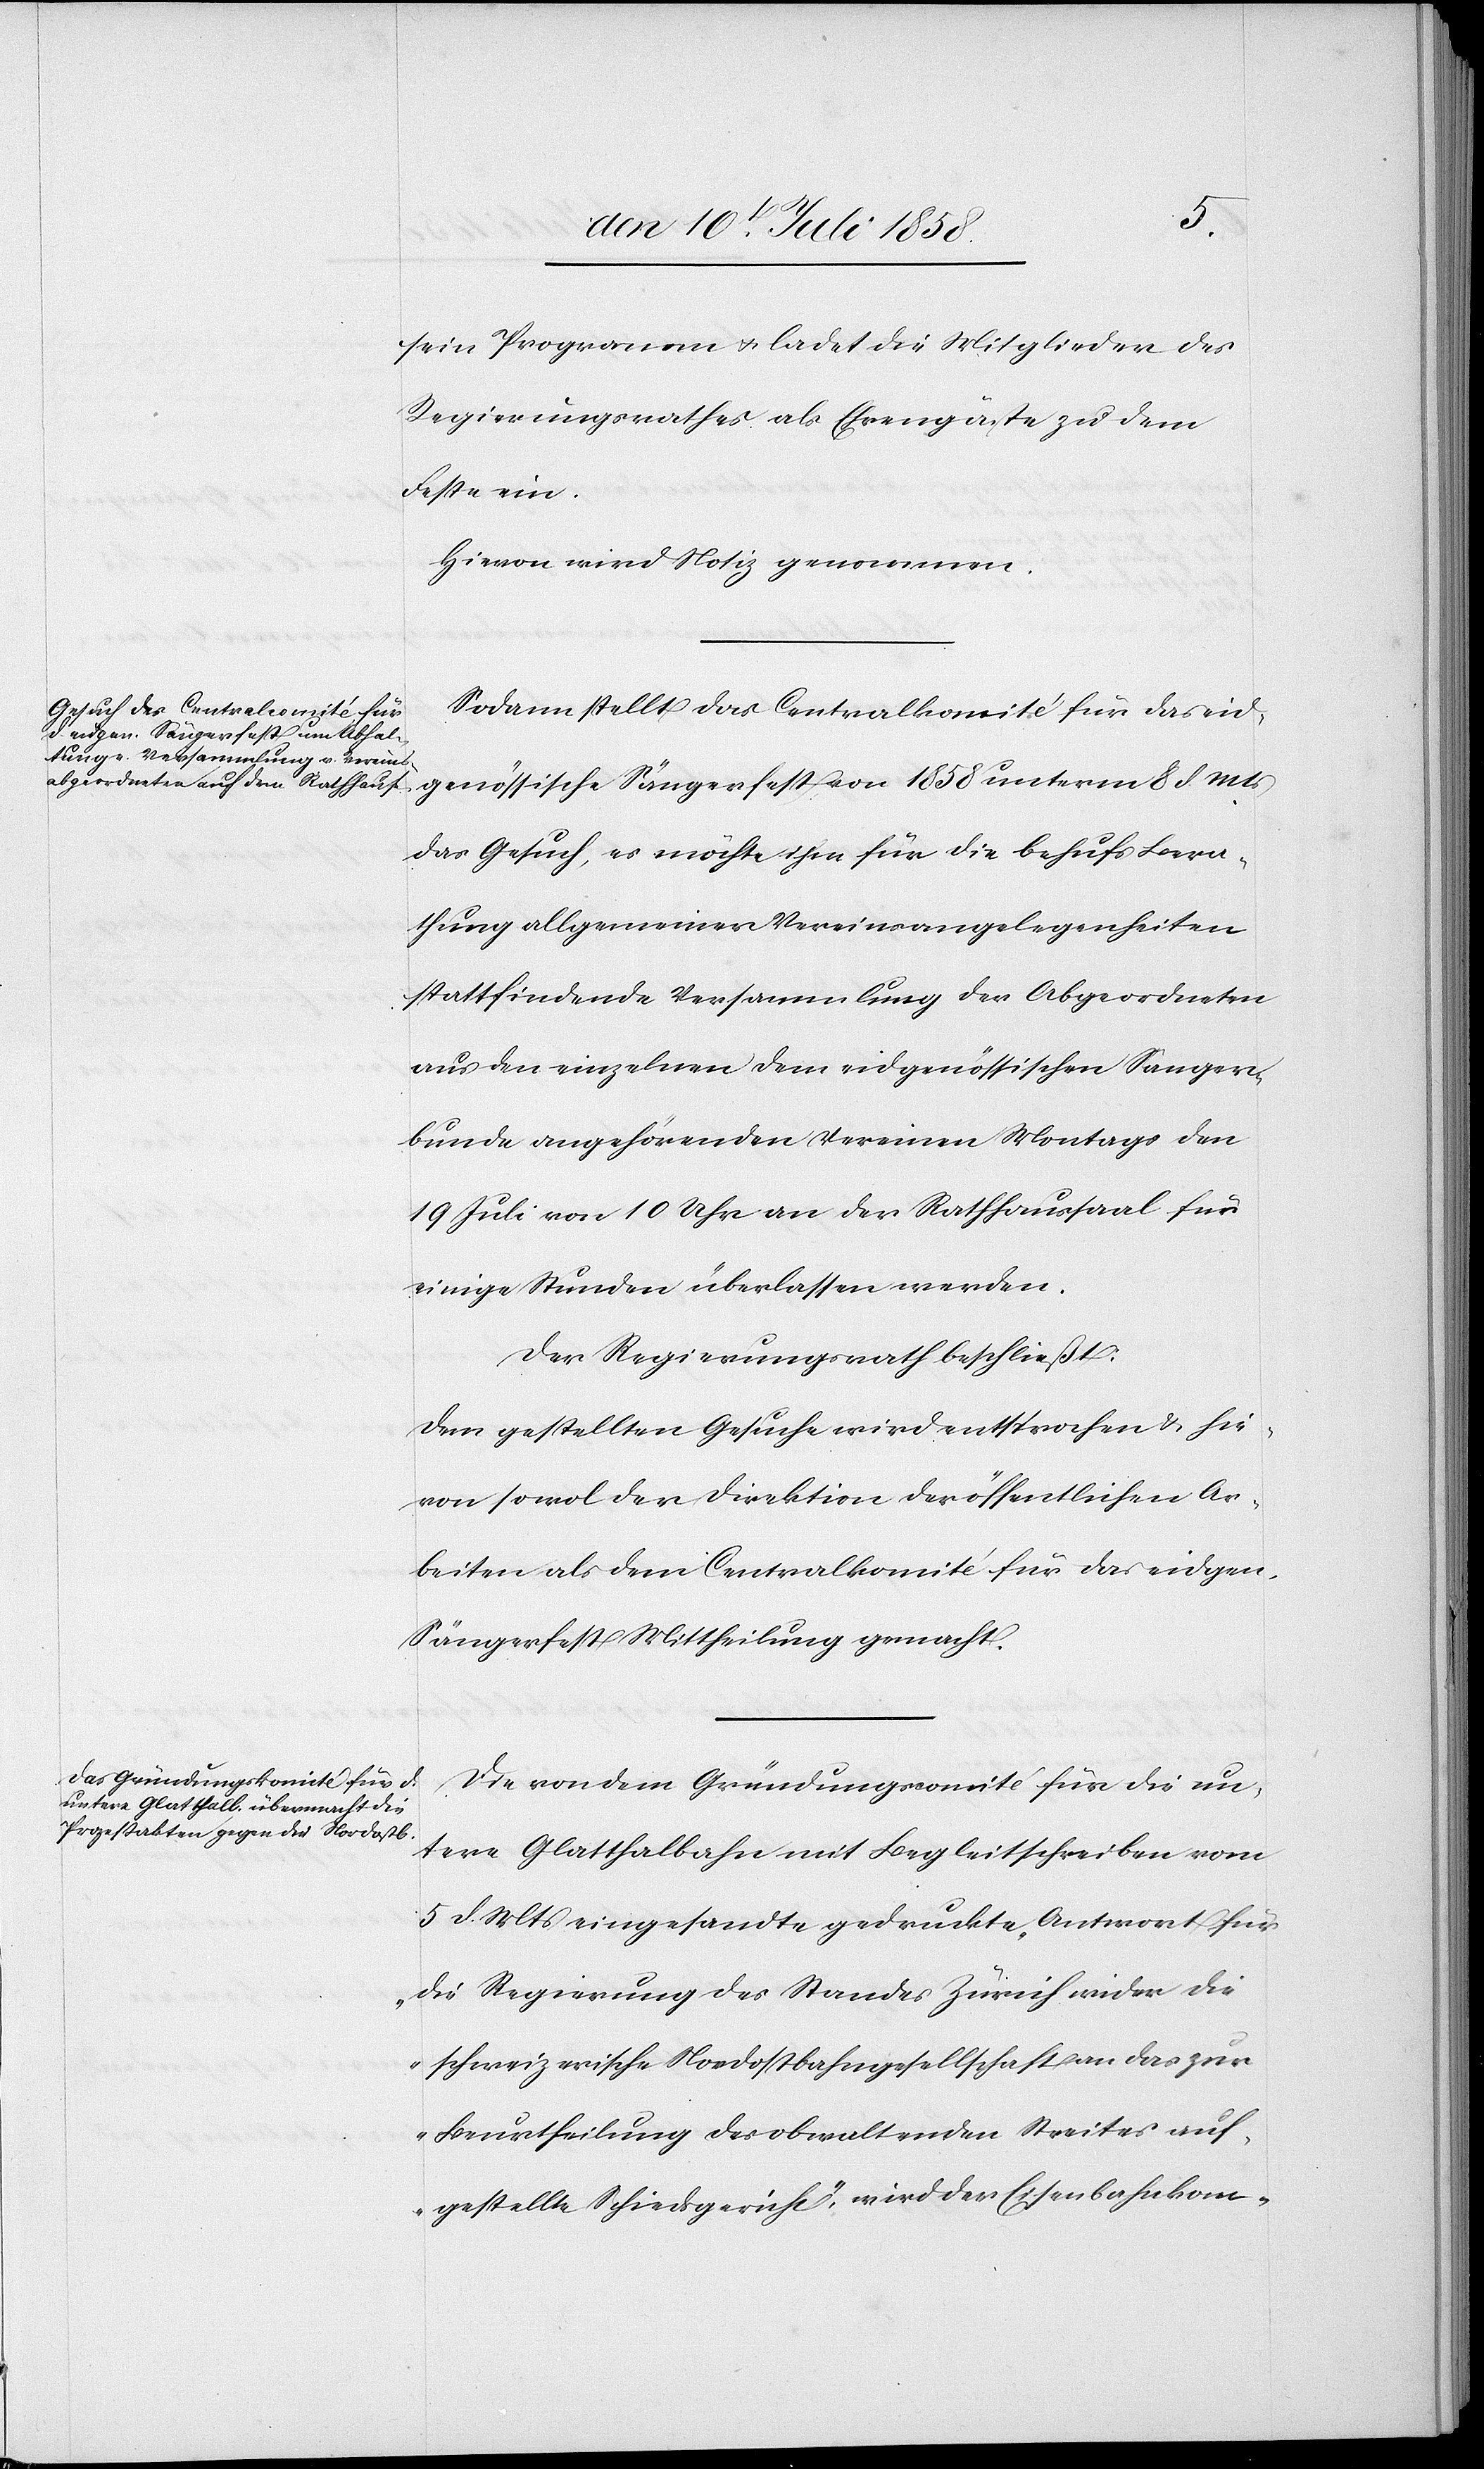
sein Programm & ladet die Mitglieder des
Regierungsrathes als Ehrengäste zu dem
Feste ein.
Hievon wird Notiz genommen.
Sodann stellt das Centralkomité für das eid¬
genössische Sängerfest von 1858 unterm 8 d. Mts
das Gesuch, es möchte ihm für die behufs Bera¬
thung allgemeiner Vereinsangelegenheiten
stattfindende Versammlung der Abgeordneten
aus den einzelnen dem eidgenössischen Sänger¬
bunde angehörenden Vereinen Montags den
19 Juli von 10 Uhr an der Rathhaussaal für
einige Stunden überlassen werden.
Der Regierungsrath beschließt:
Dem gestellten Gesuche wird entsprochen & hie¬
von sowol der Direktion der öffentlichen Ar¬
beiten als dem Centralkomité für das eidgen.
Sängerfest Mittheilung gemacht.
Die von dem Gründungscomité für die un¬
tere Glatthalbahn mit Begleitschreiben vom
5 d. Mts eingesandte gedruckte „Antwort für
die Regierung des Standes Zürich wider die
schweizerische Nordostbahngesellschaft an das zur
Beurtheilung des obwaltenden Streites auf¬
gestellte Schiedsgericht“, wird der Eisenbahnkom-